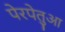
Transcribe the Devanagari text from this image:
पेरपेतुआ